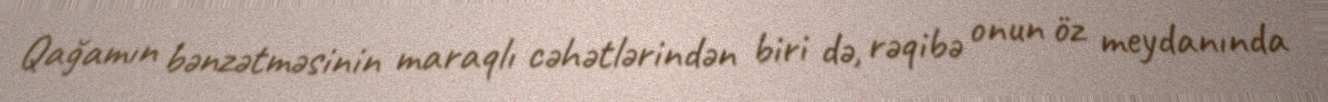
Qağamın bənzətməsinin maraqlı cəhətlərindən biri də, rəqibə onun öz meydanında